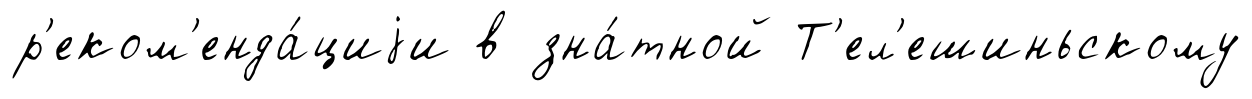
р'еком'енда́циjи в зна́тной Т'ел'ешиньскому